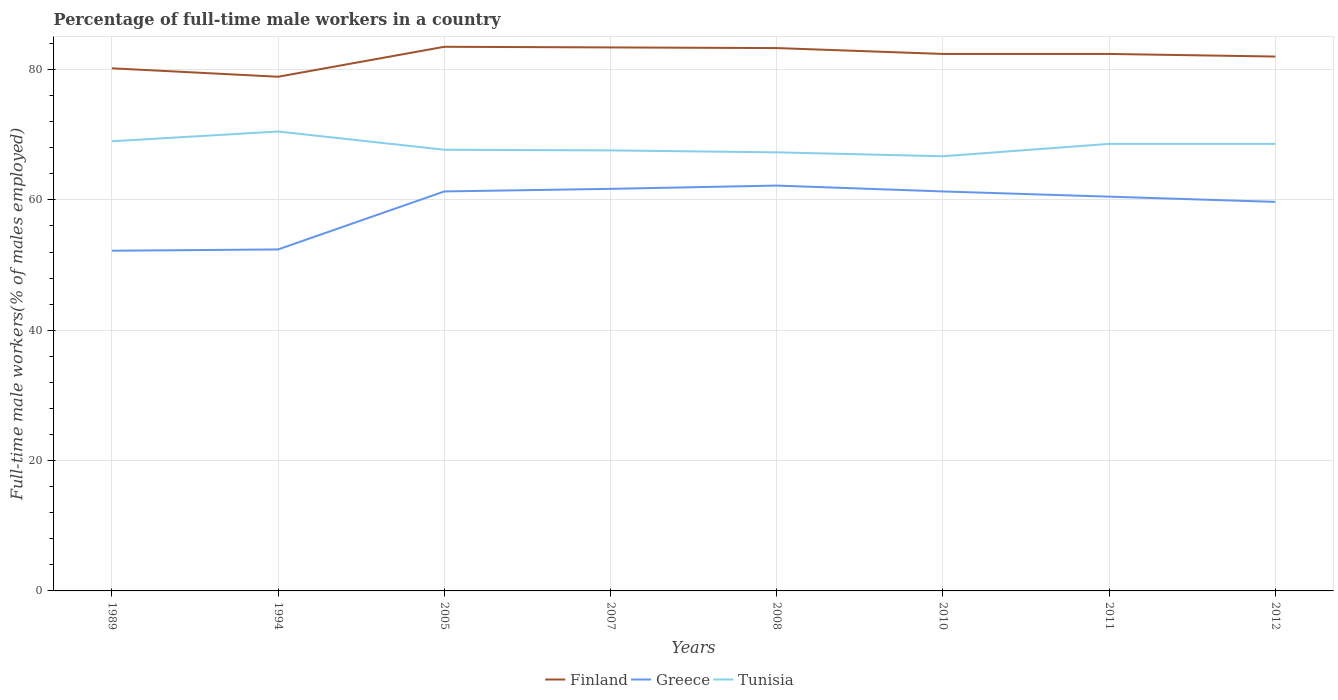
| Years | Finland | Greece | Tunisia |
 | --- | --- | --- | --- |
 | 1989 | 80.2 | 52.2 | 69 |
 | 1994 | 78.9 | 52.4 | 70.5 |
 | 2005 | 83.5 | 61.3 | 67.7 |
 | 2007 | 83.4 | 61.7 | 67.6 |
 | 2008 | 83.3 | 62.2 | 67.3 |
 | 2010 | 82.4 | 61.3 | 66.7 |
 | 2011 | 82.4 | 60.5 | 68.6 |
 | 2012 | 82 | 59.7 | 68.6 |